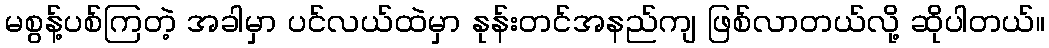
မစွန့်ပစ်ကြတဲ့ အခါမှာ ပင်လယ်ထဲမှာ နုန်းတင်အနည်ကျ ဖြစ်လာတယ်လို့ ဆိုပါတယ်။